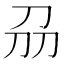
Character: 刕